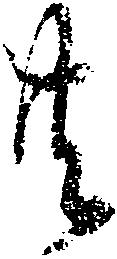
共